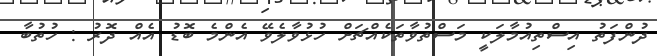
ދުންފަތު އިސްތިއުމާލަކީ މަސްތުވާތަކެއްޗަށް ހުޅުވާލެވޭ އެންމެ ބޮޑު އެއް ދޮރު : ހުތުބާ